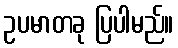
ဥပမာတခု ပြပါမည်။